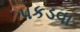
પકડવા